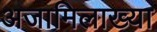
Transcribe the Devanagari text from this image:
अजामिलाख्या